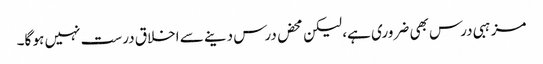
مزہبی درس بھی ضروری ہے، لیکن محض درس دینے سے اخلاق درست نہیں ہو گا۔